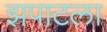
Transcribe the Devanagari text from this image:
झपाटला